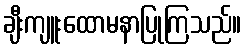
ချီးကျူးထောမနာပြုကြသည်။